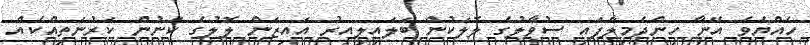
ހެއްޔެވެ އޭނާ ހިންދެމިލާފައި ސުވާލުގެ ލޮލަކުން ބަލައިލިއިރު އައިޒަން ލޮލުގެ ކަނުން ކަރުނަތިއްކެއް